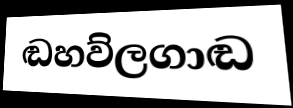
ඬහව්ලගාඬ